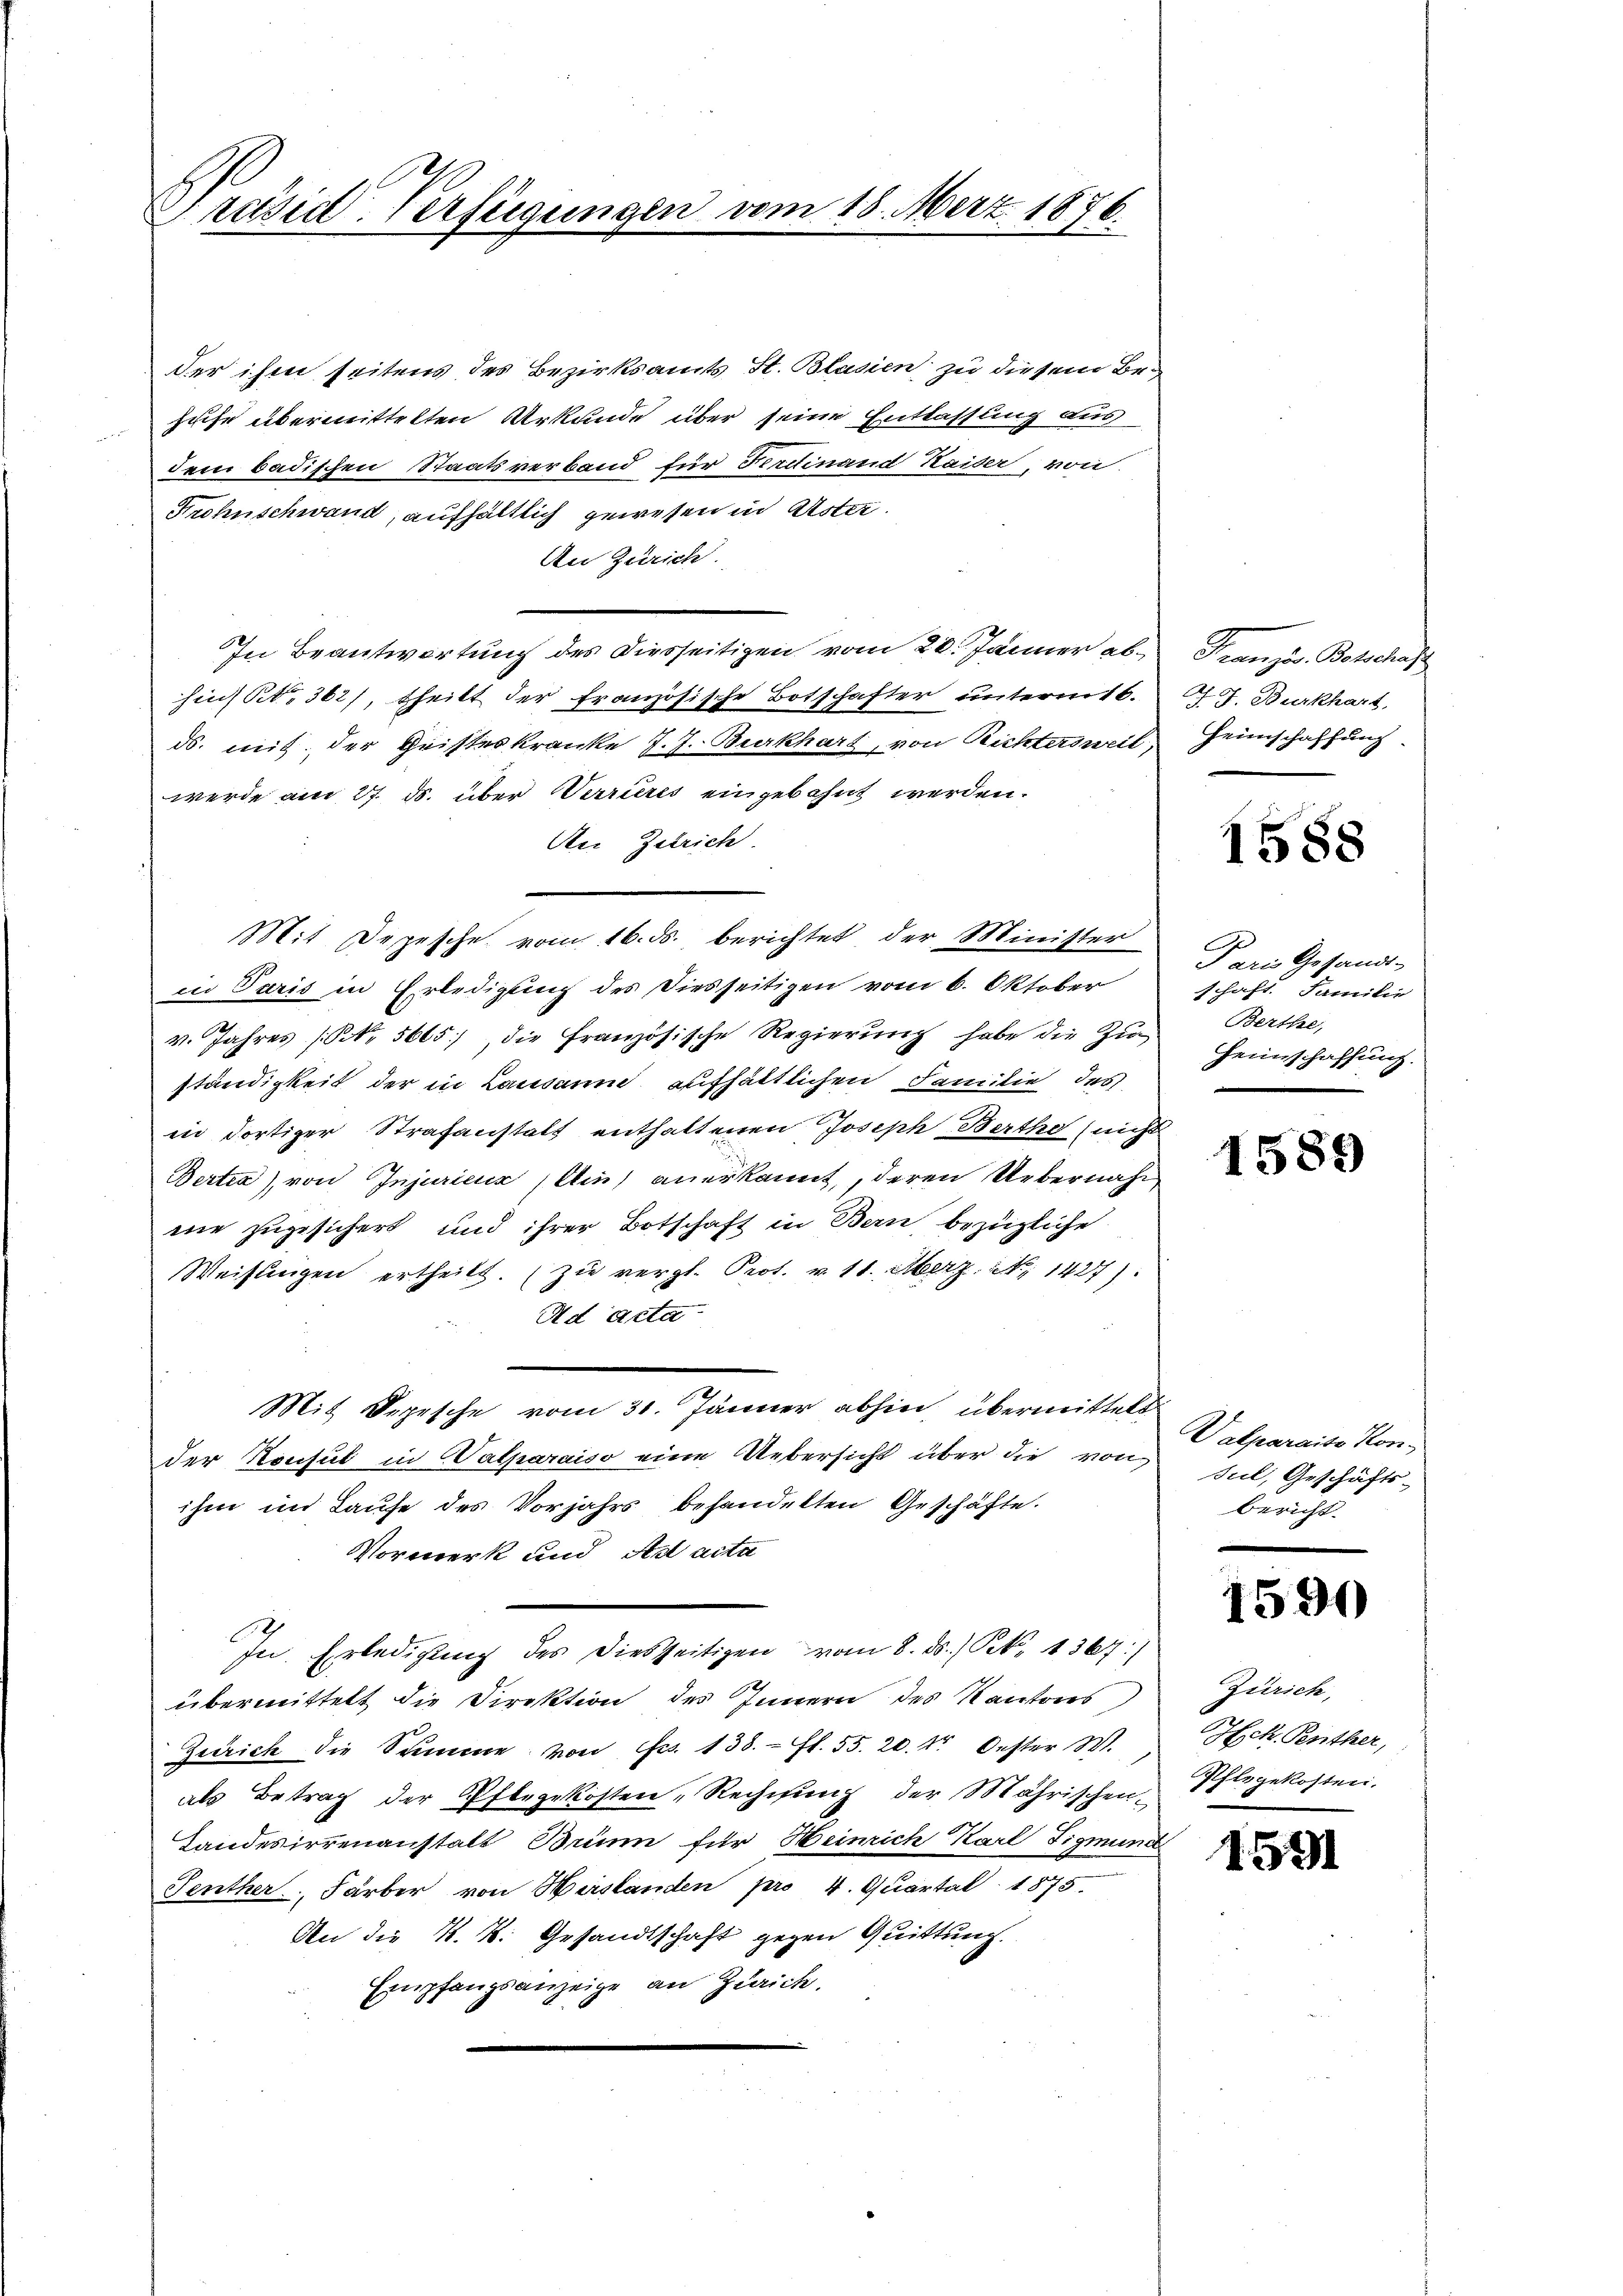
Präsid-Verfügungen vom 18. Merz. 1876.
2

der ihm seitens des Bezirksamts St. Blasien zu diesem Behische übermittelten Urkunde über seine Entlassung aus
dem badischen Staatsverband für Ferdinand Kaiser, von
Frohnschwand, aufhältlich gewesen in Uster.
An Zürich.
In Beantwortung des Diesseitigen vom 20. Jänner abhin) S. 362), theilt der französische Botschafter unterm 16.
ds. mit der Geisteskranke J. J. Burkhart, von Richtersweil,
werde am 27. ds. über Verrieres eingebahnt werden.
Aer Zelrich.
Mit Depesche vom 16. ds. berichtet der Minister
in Paris in Erledigung des Diesseitigen vom 6. Oktober
v. Jahres (NNo. 5665, die französische Regierŭng habe die Zŭ
ständigkeit der in Lausaum aufhältlichen Familie des
in dortiger Strafanstalt enthaltenen Joseph Bertho (nicht
Berten), von Injuricus (Ain anerkannt, deren Uebernahme zugesichert und ihrer Botschaft in Bern bezügliche
Weisungen ertheilt. (Zu vergl. Prot. v. 11. Merz. No 1427).
Ad acta
Mit Sopische vom 31. Jänner abhin, übermittels
der Konsul in Walparaiso eine Uebersicht über die von
ihm im Laufe des Vorjahrs behandelten Geschäfte.
Vormerk und Ast acta
In Erledigung des diesseitigen vom 8. ds. 1 Pkt. 1367)
übermittelt die Direktion des Innern des Kantons Zürich,
Zürich die Summe von Fr. 138. fl. 55. 20. r. Oester W.
als Betrag der Pflegekosten, Rechnung der Mährischen
Landesirrenanstalt Brünn für Heinrich Karl Sigmun
Jenther, Färber von Meistanden pro 4. Quartal 1875.
An die K. K. Gesandtschaft gegen Quittung.
Empfangsanzeige an Zürich.

Französ. Botschaft
Af. J. Burkhart.
Heimschaffung.

1588

Paris Gesandt-
schaft. Familie
Berthe,
Heimschaffung.

1589

Valparaite Kon-
sul, Geschäfts-
bericht.

1590

BEck. Penther,
Pflegekosten.

1591